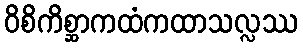
ဝိစိကိစ္ဆာကထံကထာသလ္လဿ